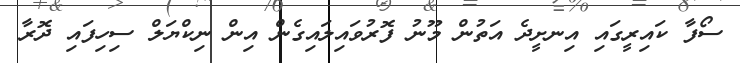
ސޯފާ ކައިރީގައި އިނށީދެ އަތުން މޫނު ފޮރުވައިލައިގެން އިން ނިކްޔަލް ސިހިފައި ދޮރާ